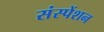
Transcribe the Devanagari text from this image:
संस्पेंशन